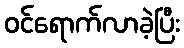
ဝင်ရောက်လာခဲ့ပြီး